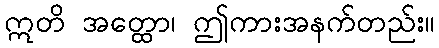
ဣတိ အတ္ထော၊ ဤကားအနက်တည်း။